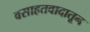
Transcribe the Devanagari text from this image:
वसाहतवादातून